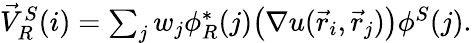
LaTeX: \begin{array}{r}{\vec{V}_{R}^{S}(i)=\sum_{j}w_{j}\phi_{R}^{*}(j)\big(\nabla u(\vec{r}_{i},\vec{r}_{j})\big)\phi^{S}(j).}\end{array}